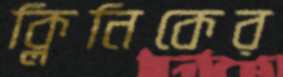
ক্লিনিকের